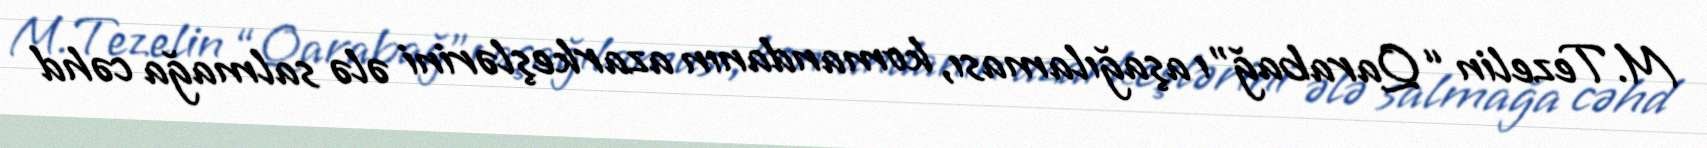
M.Tezelin “Qarabağ”ı aşağılaması, komandanın azarkeşlərini ələ salmağa cəhd